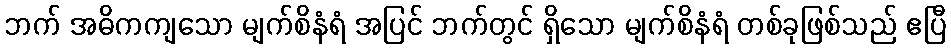
ဘက် အဓိကကျသော မျက်စိနံရံ အပြင် ဘက်တွင် ရှိသော မျက်စိနံရံ တစ်ခုဖြစ်သည် ဧပြီ